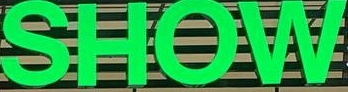
SHOW